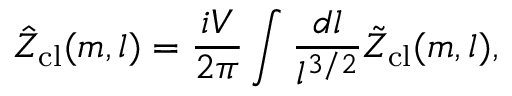
\hat { \cal Z } _ { \mathrm { c l } } ( m , l ) = \frac { i V } { 2 \pi } \int \frac { d l } { l ^ { 3 / 2 } } \tilde { \cal Z } _ { \mathrm { c l } } ( m , l ) ,